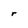
Character: r